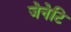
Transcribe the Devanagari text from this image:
जेनेटि